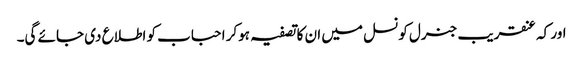
اور کہ عنقریب جنرل کونسل میں ان کا تصفیہ ہوکر احباب کو اطلاع دی جائے گی۔